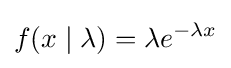
f(x\mid \lambda )=\lambda e^{-\lambda x}